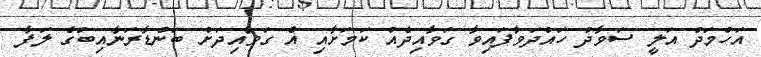
އަހްމަދު އަލީ ސަވާދު ހައްދަވާފައިވާ ގަވާއިދެއް ކަމަށާއި އެ ގަވާއިދަށް ބަންޑާރަނާއިބުގެ ލަފާ